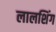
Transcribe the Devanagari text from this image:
लालशिंग